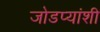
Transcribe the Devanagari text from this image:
जोडप्यांशी